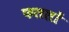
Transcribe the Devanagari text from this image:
फललों